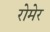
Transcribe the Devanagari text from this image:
रोमेर